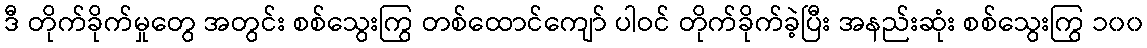
ဒီ တိုက်ခိုက်မှုတွေ အတွင်း စစ်သွေးကြွ တစ်ထောင်ကျော် ပါဝင် တိုက်ခိုက်ခဲ့ပြီး အနည်းဆုံး စစ်သွေးကြွ ၁၀၀